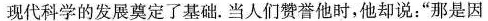
现代科学的发展奠定了基础。当人们赞誉他时，他却说：”那是因